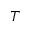
T